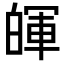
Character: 𤾈